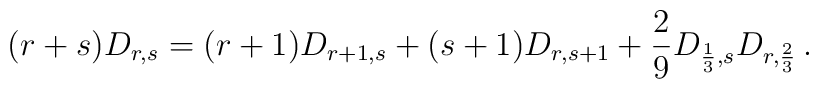
(r+s)D_{r,s}=(r+1)D_{r+1,s}+(s+1)D_{r,s+1}+{2\over 9}D_{{1\over 3},s}D_{r,{2\over 3}}\,.